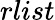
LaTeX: rlist